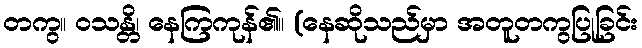
တကွ။ ဝသန္တိ၊ နေကြကုန်၏။ (နေဆိုသည်မှာ အတူတကွပြုခြင်း